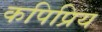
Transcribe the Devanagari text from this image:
कपिप्रिय